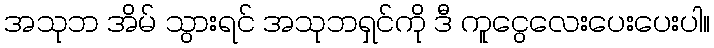
အသုဘ အိမ် သွားရင် အသုဘရှင်ကို ဒီ ကူငွေလေးပေးပေးပါ။